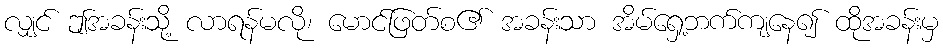
လျှင် ဤအခန်းသို့ လာရန်မလို၊ မောင်ဖြတ်စ၏ အခန်းသာ အိမ်ရှေ့ဘက်ကျနေ၍ ထိုအခန်းမှ